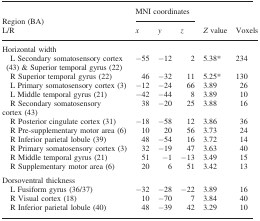
<table><thead><tr><td><b>Region (BA)</b></td><td colspan="3"><b>MNI coordinates</b></td><td rowspan="3"><b><i>Z</i> value</b></td><td rowspan="3"><b>Voxels</b></td></tr><tr><td><b>L/R</b></td><td><b><i>x</i></b></td><td><b><i>y</i></b></td><td><b><i>z</i></b></td></tr></thead><tbody><tr><td colspan="6">Horizontal width</td></tr><tr><td> L Secondary somatosensory cortex (43) &amp; Superior temporal gyrus (22)</td><td>−55</td><td>−12</td><td>2</td><td>5.38*</td><td>234</td></tr><tr><td> R Superior temporal gyrus (22)</td><td>46</td><td>−32</td><td>11</td><td>5.25*</td><td>130</td></tr><tr><td> L Primary somatosensory cortex (3)</td><td>−12</td><td>−24</td><td>66</td><td>3.89</td><td>26</td></tr><tr><td> L Middle temporal gyrus (21)</td><td>−42</td><td>−44</td><td>8</td><td>3.89</td><td>10</td></tr><tr><td> R Secondary somatosensory cortex (43)</td><td>38</td><td>−20</td><td>25</td><td>3.88</td><td>16</td></tr><tr><td> R Posterior cingulate cortex (31)</td><td>−18</td><td>−58</td><td>12</td><td>3.86</td><td>36</td></tr><tr><td> R Pre-supplementary motor area (6)</td><td>10</td><td>20</td><td>56</td><td>3.73</td><td>24</td></tr><tr><td> R Inferior parietal lobule (39)</td><td>48</td><td>−54</td><td>16</td><td>3.72</td><td>14</td></tr><tr><td> R Primary somatosensory cortex (3)</td><td>32</td><td>−19</td><td>47</td><td>3.63</td><td>40</td></tr><tr><td> R Middle temporal gyrus (21)</td><td>51</td><td>−1</td><td>−13</td><td>3.49</td><td>15</td></tr><tr><td> R Supplementary motor area (6)</td><td>20</td><td>6</td><td>51</td><td>3.42</td><td>13</td></tr><tr><td colspan="6">Dorsoventral thickness</td></tr><tr><td> L Fusiform gyrus (36/37)</td><td>−32</td><td>−28</td><td>−22</td><td>3.89</td><td>16</td></tr><tr><td> R Visual cortex (18)</td><td>10</td><td>−70</td><td>7</td><td>3.84</td><td>40</td></tr><tr><td> R Inferior parietal lobule (40)</td><td>48</td><td>−39</td><td>42</td><td>3.29</td><td>10</td></tr></tbody></table>